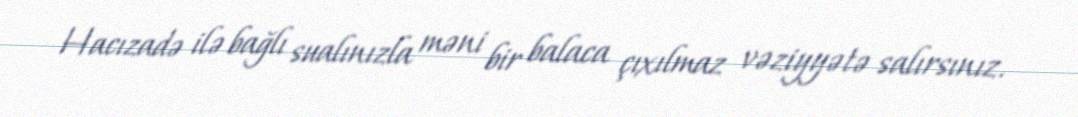
Hacızadə ilə bağlı sualınızla məni bir balaca çıxılmaz vəziyyətə salırsınız.